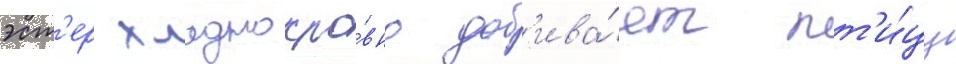
эст'ер хладнокро́вно доб'ива́ет пт'и́цу